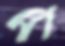
প